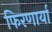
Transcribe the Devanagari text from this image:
फिरणार्या